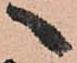
へ